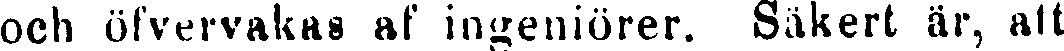
och öfvervakas af ingeniörer. Säkert är, att